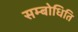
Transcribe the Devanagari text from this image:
सम्बोधिति